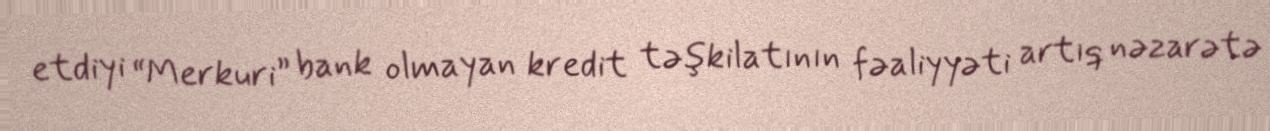
etdiyi “Merkuri” bank olmayan kredit təşkilatının fəaliyyəti artıq nəzarətə